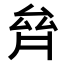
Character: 𠫼